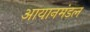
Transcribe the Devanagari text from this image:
आयानमंडल